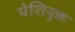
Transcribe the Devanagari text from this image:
पेशियुक्त